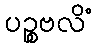
ပဉ္စဗလိံ